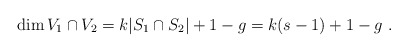
\begin{align*}\dim V_1 \cap V_2= k \vert S_1 \cap S_2 \vert+1-g =k(s-1)+1-g\ .\end{align*}